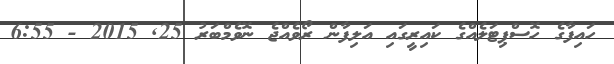
ހައިފާގެ ހޮސްޕިޓަލެއްގެ ކައިރީގައި އަލިފާން ރޯވެއްޖެ ނޮވެމްބަރު 25